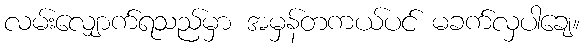
လမ်းလျှောက်ရသည်မှာ အမှန်တကယ်ပင် မခက်လှပါချေ။